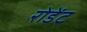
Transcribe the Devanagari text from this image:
रोडेंट